Report on horse surra - Volume II, Part II
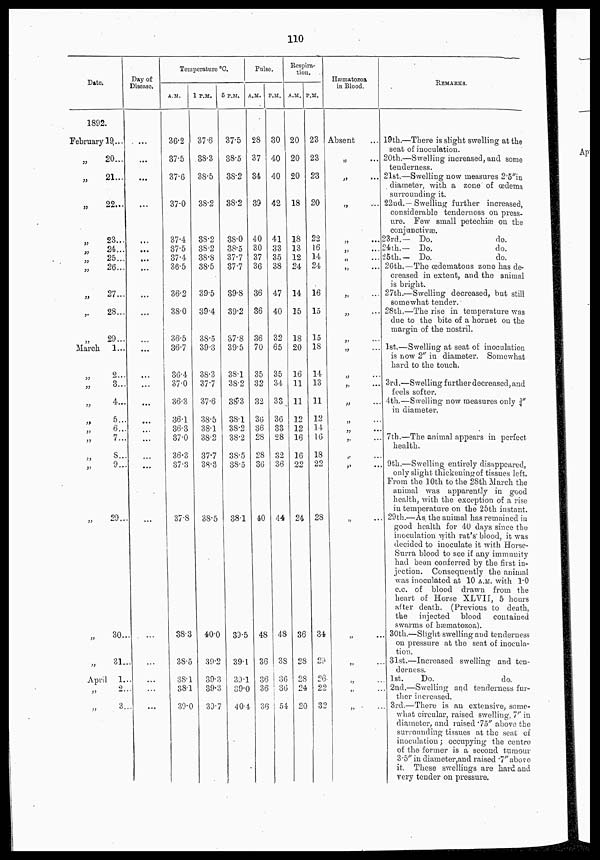
110
Date.
1892.
February 19...
„
20...
„
21...
„ 22...
„ 23...
„ 24...
„ 25...
„
26...
„
27...
,.
28...
„ 29...
March
1...
„ 2...
„ 3...
„
4...
„ 5...
„ 6...
„
7...
„ 8...
„
9...
„
29...
„
30...
„
31..
April 1...
„ 2...
„ 3...
Day of
Disease.
...
...
...
...
...
...
...
...
...
...
...
...
...
...
...
...
...
...
...
...
...
...
...
...
...
...
Temperature °C.
A.M.
36.2
37.5
37.6
37.0
37.4
37.5
37.4
36.5
36.2
38.0
36.5
36.7
36.4
37.0
36.3
36.1
36.3
37.0
36.3
37.3
37.8
38.3
38.5
38.1
38.1
39.0
1
P.M.
37.6
38.3
38.5
38.2
38.2
38.2
38.8
38.5
39.5
39.4
38.5
39.3
38.3
37.7
37.6
38.5
38.1
38.2
37.7
38.3
38.5
40.0
39.2
39.3
39.3
39.7
5
P.M.
37.5
38.5
38.2
38.2
38.0
38.5
37.7
37.7
39.8
39.2
37.8
39.5
38.1
38.2
38.3
38.1
38.2
38.2
38.5
38.5
38.1
39.5
39.1
39.1
39.0
40.4
Pulse.
A.M.
28
37
34
39
40
30
37
36
36
36
36
70
35
32
32
36
36
28
28
36
40
48
36
36
36
36
P. M.
30
40
40
42
41
33
35
38
47
40
32
65
35
34
33
36
33
28
32
36
44
48
38
36
36
54
Respira-
tion.
A.M.
20
20
20
18
18
13
12
24
14
15
18
20
16
11
11
12
12
16
16
22
24
36
28
28
24
20
P.M.
23
23
23
20
22
16
14
24
16
15
15
18
14
13
11
12
14
16
18
22
28
34
29
26
22
32
Hæmatozoa
in Blood
Absent
„ ...
„
...
„ ...
„ ...
.. ...
„ ...
„ ...
„ ...
„ ...
„ ...
„ ...
„ ...
„ ...
„ ...
„ ...
„ ...
„ ...
„ ...
„ ...
„ ...
„ ...
„ ...
„ ...
„ ...
„ ...
REMARKS.
19th.—There is slight swelling at the
seat of inoculation.
20th.—Swelling increased, and some
tenderness.
21st.—Swelling now measures 2.5"in
diameter, with a zone of œdema
surrounding it.
22nd.—Swelling further increased,
considerable tenderness on press-
ure. Few small petechiæ on the
coniunctivæ.
23rd.— Do.
do.
24 th.—
Do.
do.
25th.— Do. do.
26th.—The œdemafcous zone has de-
creased in extent, and the animal
is bright.
27th.—Swelling decreased, but still
somewhat tender.
28th.—The rise in temperature was
due to the bite of a hornet on the
margin of the nostril.
1st.—Swelling at seat of inoculation
is now 2" in diameter. Somewhat
hard to the touch.
3rd.—Swelling further decreased, and
feels softer.
4th.—Swelling now measures only ¾"
in diameter.
7th.—The animal appears in perfect-
health.
9th.—Swelling entirely disappeared,
only slight thickening of tissues left.
From the 10th to the 28th March the
animal was apparently in good
health, with the exception of a rise
in temperature on the 25th instant.
29th.—As the animal has remained in
good health for 40 days since the
inoculation with rat's' blood, it was
decided to inoculate it with Horse-
Surra blood to see if any immunity
had been conferred by the first in-
jection. Consequently the animal
was inoculated at 10 A.M. with 1.0
c.c. of blood drawn from the
heart of Horse XLVII, 5 hours
after death. (Previous to death,
the injected blood
contained
swarms of hæmatozoa).
30th.—Slight swelling and tenderness
on pressure at the seat of inocula-
tion.
31st.—Increased swelling and ten-
derness.
1st.
Do.
do.
2nd.—Swelling and tenderness fur-
ther increased.
3rd.—There is an extensive, some-
what circular, raised swelling, 7'' in
diameter, and raised .75" above the
surrounding tissues at the seat of
inoculation ; occupying the centre
of the former is a second tumour
3.5"in diameter,and raised .7''above
it. These swellings are hard and
very tender on pressure.